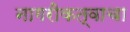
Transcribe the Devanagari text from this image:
नागरीकत्वाचा